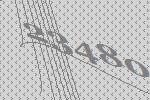
23480